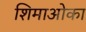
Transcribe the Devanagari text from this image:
शिमाओका